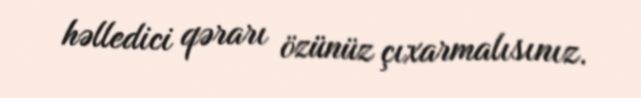
həlledici qərarı özünüz çıxarmalısınız.